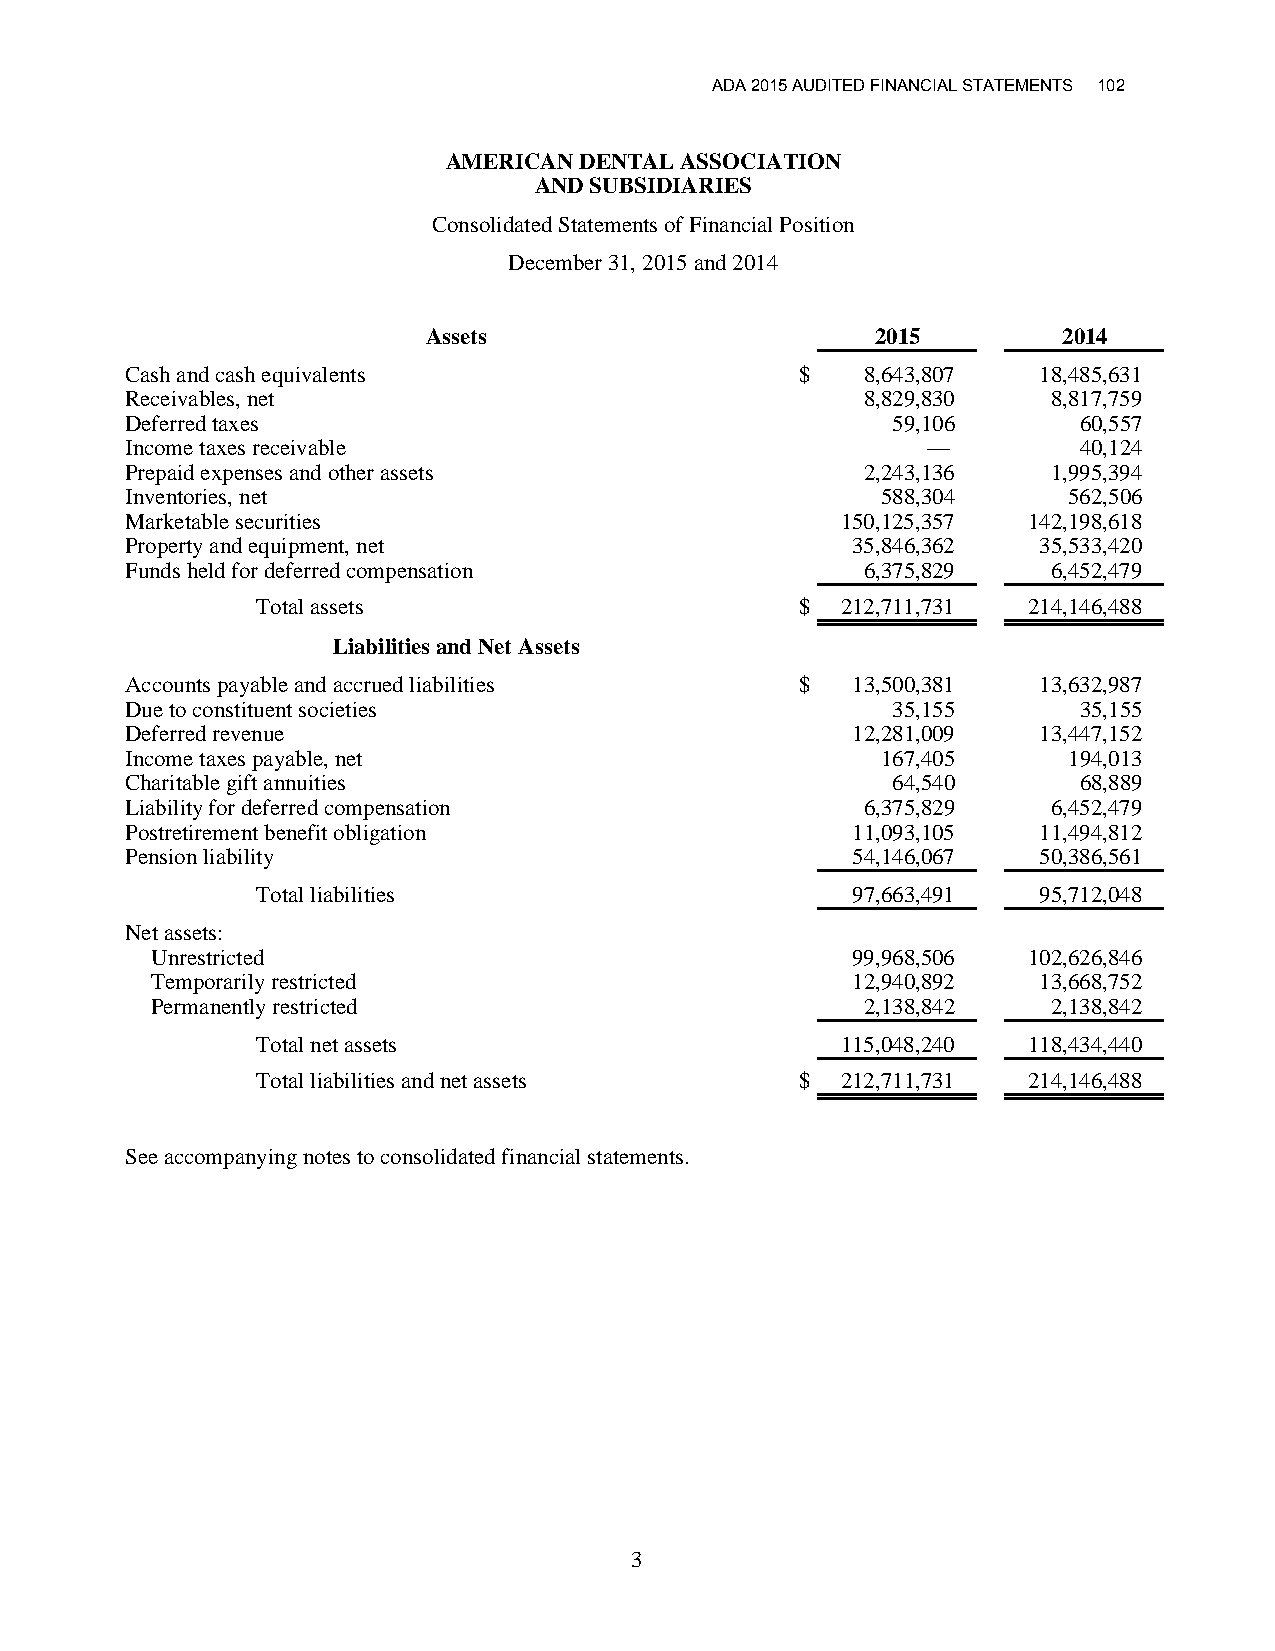
ADA 2015 AUDITED FINANCIAL STATEMENTS 102
 AMERICAN DENTAL ASSOCIATION
 AND SUBSIDIARIES
 Consolidated Statements of Financial Position
 December 31, 2015 and 2014
 Assets                        2015        2014
 Cash and cash equivalents                    $   8,643,807   18,485,631
 Receivables, net                                 8,829,830    8,817,759
 Deferred taxes                                     59,106      60,557
 Income taxes receivable                              —         40,124
 Prepaid expenses and other assets                2,243,136    1,995,394
 Inventories, net                                  588,304      562,506
 Marketable securities                           150,125,357 142,198,618
 Property and equipment, net                     35,846,362   35,533,420
 Funds held for deferred compensation             6,375,829    6,452,479
 Total assets                        $  212,711,731 214,146,488
 Liabilities and Net Assets
 Accounts payable and accrued liabilities     $  13,500,381   13,632,987
 Due to constituent societies                       35,155      35,155
 Deferred revenue                                12,281,009   13,447,152
 Income taxes payable, net                         167,405      194,013
 Charitable gift annuities                          64,540      68,889
 Liability for deferred compensation              6,375,829    6,452,479
 Postretirement benefit obligation               11,093,105   11,494,812
 Pension liability                               54,146,067   50,386,561
 Total liabilities                      97,663,491   95,712,048
 Net assets:
 Unrestricted                                  99,968,506  102,626,846
 Temporarily restricted                        12,940,892   13,668,752
 Permanently restricted                         2,138,842    2,138,842
 Total net assets                       115,048,240 118,434,440
 Total liabilities and net assets    $  212,711,731 214,146,488
 See accompanying notes to consolidated financial statements.
 3